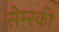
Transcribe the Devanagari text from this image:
सेम्स्की